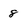
Character: 8